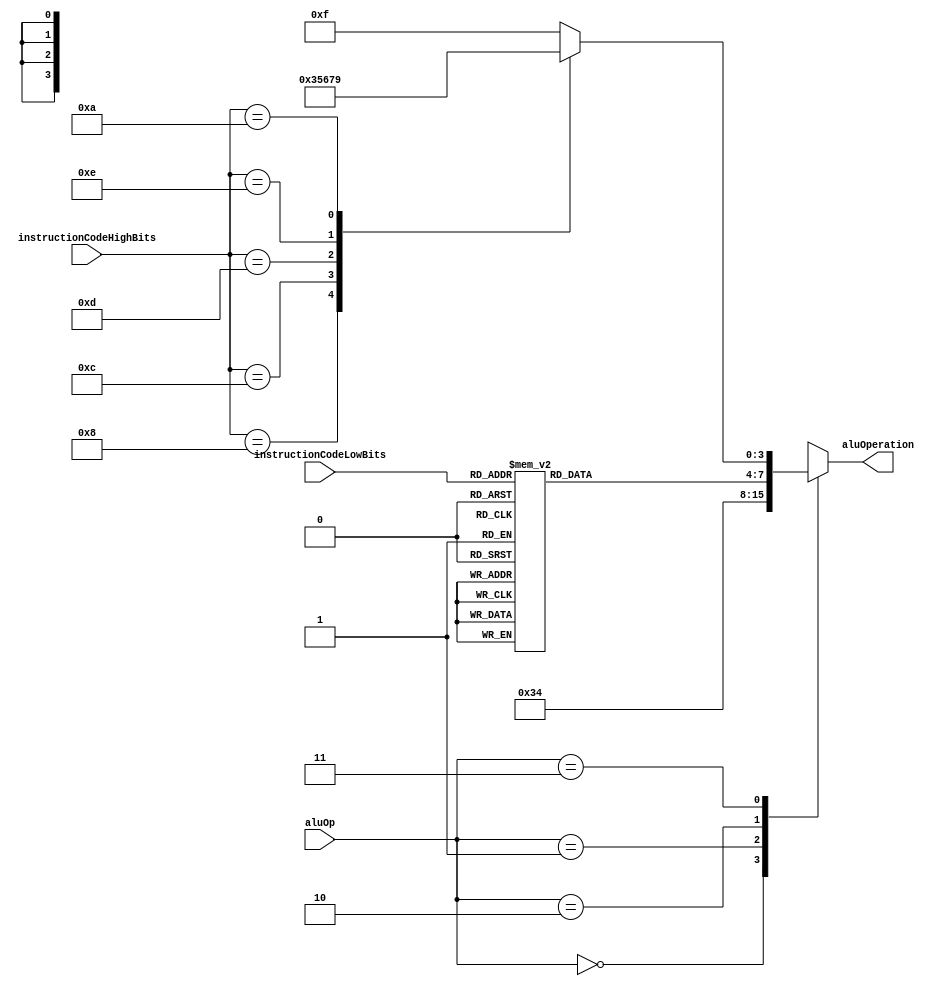
module AluControl(
	input [1:0] aluOp,
	input [5:0] instructionCodeLowBits,
	input [5:0] instructionCodeHighBits,
	output reg [3:0] aluOperation
   );
	
	/*
		ALU Operation codes
			0: SLL
			1: SRL
			2: SRA
			3: ADD
			4: SUB
			5: AND
			6: OR
			7: XOR
			8: NOR
			9: SLT		
			
	  AluOp: 00 Store and Load
	  AluOp: 01 Branch Equal y Not Equal
	  AluOp: 10 Operaciones Tipo R
	  AluOp: 11 Operaciones con Immediate

	*/
	always @(*)begin
		case(aluOp)
		0: aluOperation<=3;
		1: aluOperation<=4;
		2: begin
			case(instructionCodeLowBits)
				6'b000000: aluOperation<=0; //SLL
				6'b000010: aluOperation<=1; //SRL
				6'b000011: aluOperation<=2; //SRA
				6'b000110: aluOperation<=1; //SRLV
				6'b000111: aluOperation<=2; //SRAV
				6'b000100: aluOperation<=0; //SLLV
				6'b100000: aluOperation<=3; //ADD
				6'b100010: aluOperation<=4; //SUB
				6'b100100: aluOperation<=5; //AND
				6'b100101: aluOperation<=6; //OR
				6'b100110: aluOperation<=7; //XOR
				6'b100111: aluOperation<=8; //NOR
				6'b101010: aluOperation<=9; //SLT
				default: aluOperation<='hF;
			endcase
		end
		3: begin
			case(instructionCodeHighBits)	
				6'b001000: aluOperation<=3; //ADDI
				6'b001100: aluOperation<=5; //ANDI
				6'b001101: aluOperation<=6; //ORI
				6'b001110: aluOperation<=7; //XORI
				6'b001010: aluOperation<=9; //SLTI
				default: aluOperation<='hF;
			endcase		
		end
		default:aluOperation<='hF;
	endcase
end
endmodule